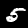
Label: 5